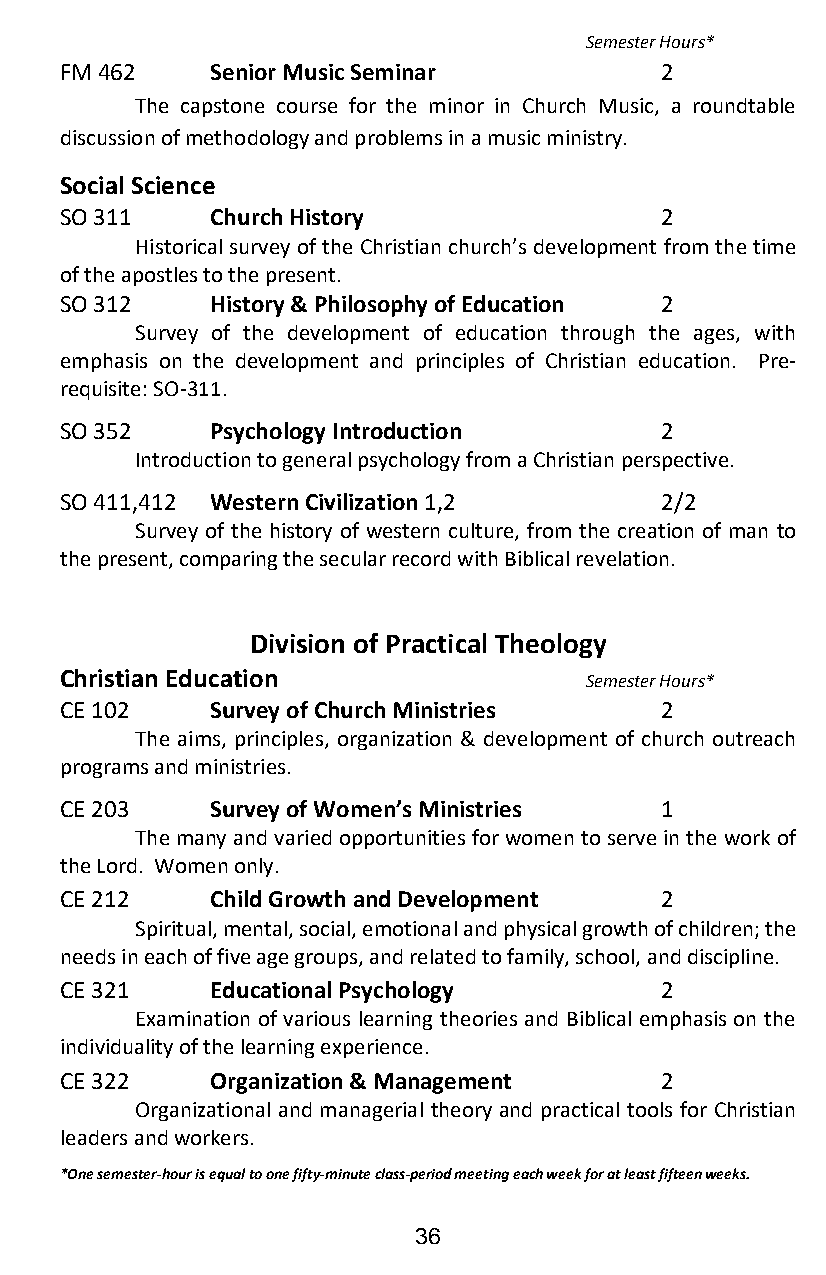
Semester Hours*
 FM 462    Senior Music Seminar          2
 The capstone course for the minor in Church Music, a roundtable
 discussion of methodology and problems in a music ministry.
 Social Science
 SO 311    Church History                2
 Historical survey of the Christian church’s development from the time
 of the apostles to the present.
 SO 312    History & Philosophy of Education 2
 Survey of the development of education through the ages, with
 emphasis on the development and principles of Christian education. Pre-
 requisite: SO-311.
 SO 352    Psychology Introduction       2
 Introduction to general psychology from a Christian perspective.
 SO 411,412 Western Civilization 1,2     2/2
 Survey of the history of western culture, from the creation of man to
 the present, comparing the secular record with Biblical revelation.
 Division of Practical Theology
 Christian Education                Semester Hours*
 CE 102    Survey of Church Ministries   2
 The aims, principles, organization & development of church outreach
 programs and ministries.
 CE 203    Survey of Women’s Ministries  1
 The many and varied opportunities for women to serve in the work of
 the Lord. Women only.
 CE 212    Child Growth and Development  2
 Spiritual, mental, social, emotional and physical growth of children; the
 needs in each of five age groups, and related to family, school, and discipline.
 CE 321    Educational Psychology        2
 Examination of various learning theories and Biblical emphasis on the
 individuality of the learning experience.
 CE 322    Organization & Management     2
 Organizational and managerial theory and practical tools for Christian
 leaders and workers.
 *One semester-hour is equal to one fifty-minute class-period meeting each week for at least fifteen weeks.
 36